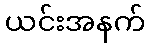
ယင်းအနက်